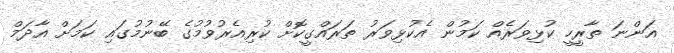
އަންނަ ތާރީހީ ކުޅިވަރެއް ކަމުން އެކުޅިވަރު ތަރައްގީކޮށް ކުރިއެރުވުމުގެ ބޭނުމުގައި ކަމަށް އާދަމް